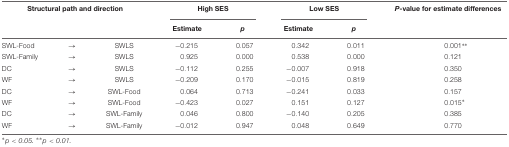
<table><thead><tr><td colspan="3"><b>Structural path and direction</b></td><td colspan="2"><b>High SES</b></td><td colspan="2"><b>Low SES</b></td><td><b><i>P</i>-value for estimate differences</b></td></tr><tr><td colspan="3"></td><td><b>Estimate</b></td><td><b><i>p</i></b></td><td><b>Estimate</b></td><td><b><i>p</i></b></td><td></td></tr></thead><tbody><tr><td>SWL-Food</td><td>→</td><td>SWLS</td><td>-0.215</td><td>0.057</td><td>0.342</td><td>0.011</td><td>0.001<sup>**</sup></td></tr><tr><td>SWL-Family</td><td>→</td><td>SWLS</td><td>0.925</td><td>0.000</td><td>0.538</td><td>0.000</td><td>0.121</td></tr><tr><td>DC</td><td>→</td><td>SWLS</td><td>-0.112</td><td>0.255</td><td>-0.007</td><td>0.918</td><td>0.350</td></tr><tr><td>WF</td><td>→</td><td>SWLS</td><td>-0.209</td><td>0.170</td><td>-0.015</td><td>0.819</td><td>0.258</td></tr><tr><td>DC</td><td>→</td><td>SWL-Food</td><td>0.064</td><td>0.713</td><td>-0.241</td><td>0.033</td><td>0.157</td></tr><tr><td>WF</td><td>→</td><td>SWL-Food</td><td>-0.423</td><td>0.027</td><td>0.151</td><td>0.127</td><td>0.015<sup>*</sup></td></tr><tr><td>DC</td><td>→</td><td>SWL-Family</td><td>0.046</td><td>0.800</td><td>-0.140</td><td>0.205</td><td>0.385</td></tr><tr><td>WF</td><td>→</td><td>SWL-Family</td><td>-0.012</td><td>0.947</td><td>0.048</td><td>0.649</td><td>0.770</td></tr></tbody></table>